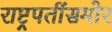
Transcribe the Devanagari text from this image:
राष्ट्रपतींसमोर